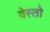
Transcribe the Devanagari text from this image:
वेस्तो